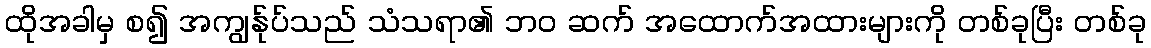
ထိုအခါမှ စ၍ အကျွန်ုပ်သည် သံသရာ၏ ဘဝ ဆက် အထောက်အထားများကို တစ်ခုပြီး တစ်ခု